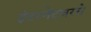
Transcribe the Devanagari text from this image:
इंटरनेटवरचे